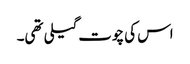
اس کی چوت گیلی تھی۔